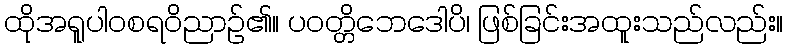
ထိုအရူပါဝစရဝိညာဉ်၏။ ပဝတ္တိဘေဒေါပိ၊ ဖြစ်ခြင်းအထူးသည်လည်း။